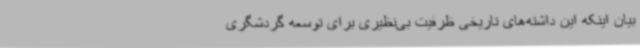
بیان اینکه این داشته‌های تاریخی ظرفیت بی‌نظیری برای توسعه گردشگری